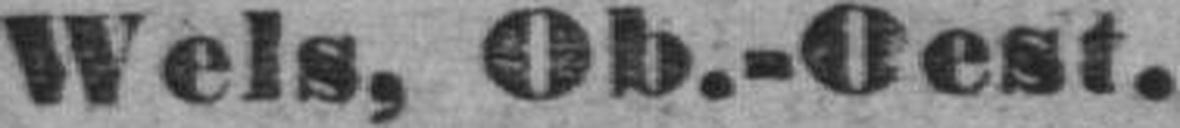
Wels, Ob.-Oest.